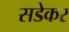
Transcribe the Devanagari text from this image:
सडेकर